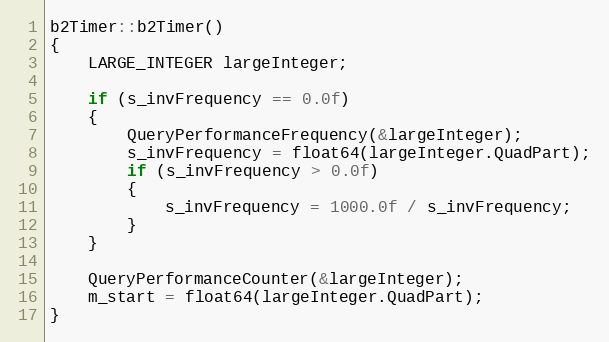
Language: C++
b2Timer::b2Timer()
{
	LARGE_INTEGER largeInteger;

	if (s_invFrequency == 0.0f)
	{
		QueryPerformanceFrequency(&largeInteger);
		s_invFrequency = float64(largeInteger.QuadPart);
		if (s_invFrequency > 0.0f)
		{
			s_invFrequency = 1000.0f / s_invFrequency;
		}
	}

	QueryPerformanceCounter(&largeInteger);
	m_start = float64(largeInteger.QuadPart);
}